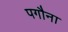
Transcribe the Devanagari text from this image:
पगौना